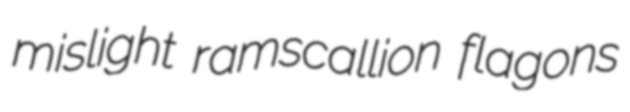
mislight ramscallion flagons